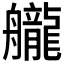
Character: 𦪽